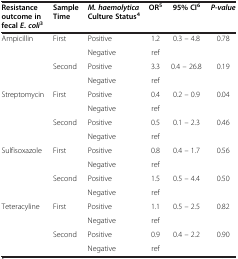
| Resistance outcome in fecal E. coli3 | Sample Time | M. haemolytica Culture Status4 | OR5 | 95% CI6 | P-value |
 | --- | --- | --- | --- | --- | --- |
 | Ampicillin | First | Positive | 1.2 | 0.3 – 4.8 | 0.78 |
 |  |  | Negative | ref |  |  |
 |  | Second | Positive | 3.3 | 0.4 – 26.8 | 0.19 |
 |  |  | Negative | ref |  |  |
 | Streptomycin | First | Positive | 0.4 | 0.2 – 0.9 | 0.04 |
 |  |  | Negative | ref |  |  |
 |  | Second | Positive | 0.5 | 0.1 – 2.3 | 0.46 |
 |  |  | Negative | ref |  |  |
 | Sulfisoxazole | First | Positive | 0.8 | 0.4 – 1.7 | 0.56 |
 |  |  | Negative | ref |  |  |
 |  | Second | Positive | 1.5 | 0.5 – 4.4 | 0.50 |
 |  |  | Negative | ref |  |  |
 | Teteracyline | First | Positive | 1.1 | 0.5 – 2.5 | 0.82 |
 |  |  | Negative | ref |  |  |
 |  | Second | Positive | 0.9 | 0.4 – 2.2 | 0.90 |
 |  |  | Negative | ref |  |  |